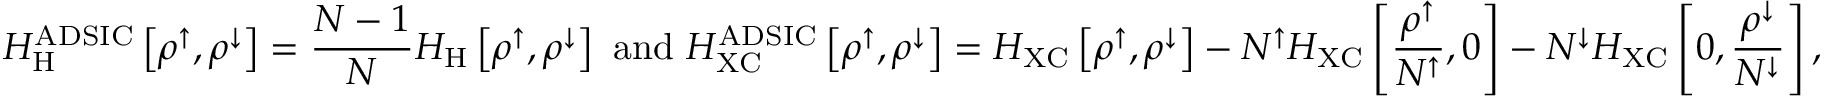
H _ { \mathrm { H } } ^ { \mathrm { A D S I C } } \left[ \rho ^ { \uparrow } , \rho ^ { \downarrow } \right] = \frac { N - 1 } { N } H _ { \mathrm { H } } \left[ \rho ^ { \uparrow } , \rho ^ { \downarrow } \right] \ \mathrm { a n d } \ H _ { \mathrm { X C } } ^ { \mathrm { A D S I C } } \left[ \rho ^ { \uparrow } , \rho ^ { \downarrow } \right] = H _ { \mathrm { X C } } \left[ \rho ^ { \uparrow } , \rho ^ { \downarrow } \right] - N ^ { \uparrow } H _ { \mathrm { X C } } \left[ \frac { \rho ^ { \uparrow } } { N ^ { \uparrow } } , 0 \right] - N ^ { \downarrow } H _ { \mathrm { X C } } \left[ 0 , \frac { \rho ^ { \downarrow } } { N ^ { \downarrow } } \right] ,